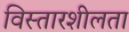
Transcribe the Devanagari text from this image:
विस्तारशीलता